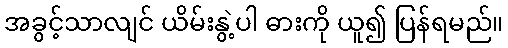
အခွင့်သာလျင် ယိမ်းနွဲ့ပါ ဓားကို ယူ၍ ပြန်ရမည်။